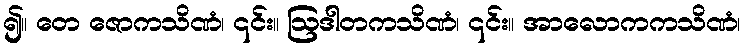
၍။ တေ ဇောကသိဏံ၊ ၎င်း။ ဩဒါတကသိဏံ၊ ၎င်း။ အာလောကကသိဏံ၊